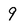
Character: 9